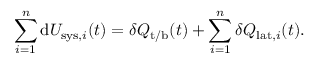
\sum _ { i = 1 } ^ { n } \mathrm { d } U _ { \mathrm { s y s } , i } ( t ) = \delta Q _ { \mathrm { t / b } } ( t ) + \sum _ { i = 1 } ^ { n } \delta Q _ { \mathrm { l a t } , i } ( t ) .